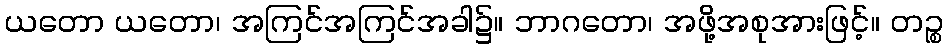
ယတော ယတော၊ အကြင်အကြင်အခါ၌။ ဘာဂတော၊ အဖို့အစုအားဖြင့်။ တဉ္စ